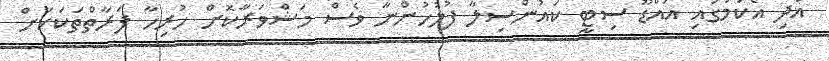
އަދި އެކަމުގައި އައްޑޫ ސިޓީ ކައުންސިލާ ފުލުހުންނާ ވެސް މަޝްވަރާކޮށް ހުރިހާ ފަރާތްތަކަކަށް